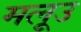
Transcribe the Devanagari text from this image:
मलूउ